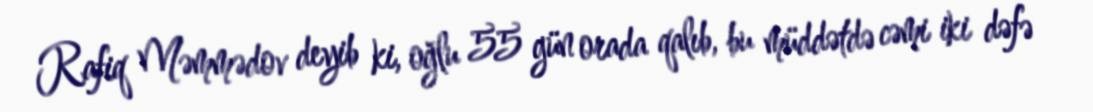
Rafiq Məmmədov deyib ki, oğlu 55 gün orada qalıb, bu müddətdə cəmi iki dəfə